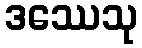
ဒဿေသု